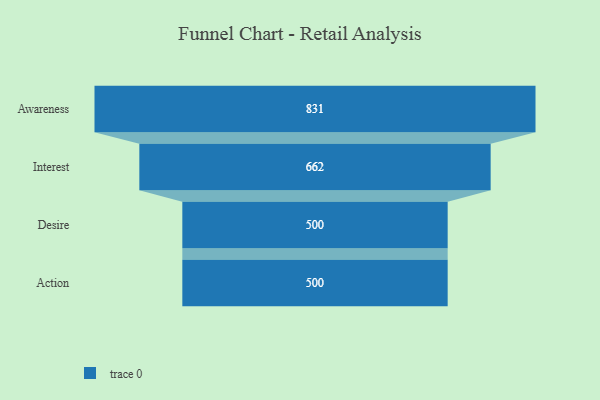
{"axis": {"x": "Stage", "y": "Value"}, "legend": [""], "data": [{"x": "Awareness", "y": 831.0, "type": ""}, {"x": "Interest", "y": 662.0, "type": ""}, {"x": "Desire", "y": 500, "type": ""}, {"x": "Action", "y": 500, "type": ""}]}